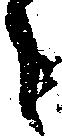
も